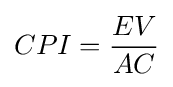
{\begin{aligned}CPI={EV \over AC}\end{aligned}}